Malaria in the Duars
Disease focus: Malaria
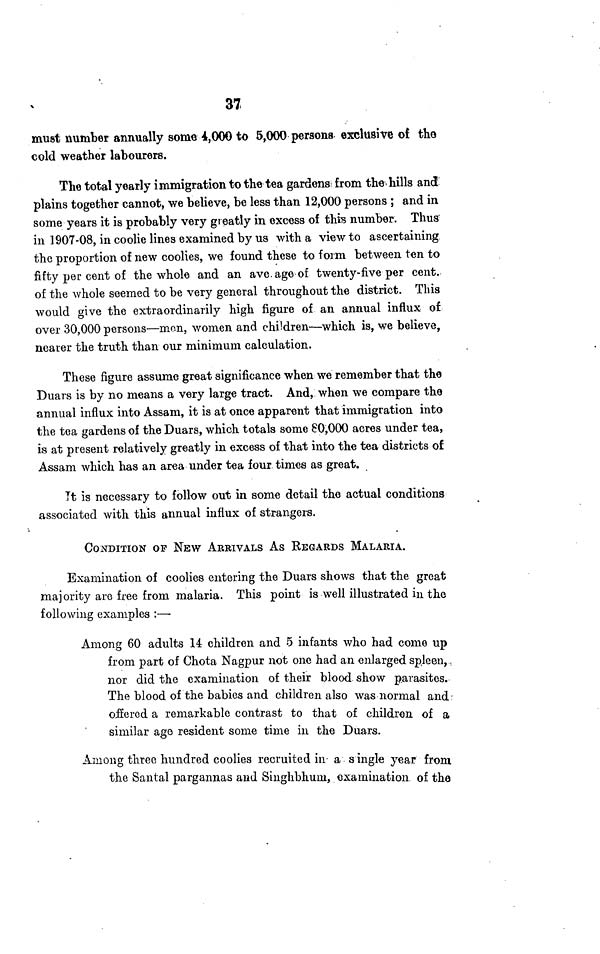
37
must number annually some 4,000 to 5,000 persons exclusive of the
cold weather labourers.
The total yearly immigration to the tea gardens from the hills and
plains together cannot, we believe, be less than 12,000 persons ; and in
some years it is probably very greatly in excess of this number. Thus
in 1907-08, in coolie lines examined by us with a view to ascertaining
the proportion of new coolies, we found these to form between ten to
fifty per cent of the whole and an ave age of twenty-five per cent.
of the whole seemed to be very general throughout the district. This
would give the extraordinarily high figure of an annual influx of
over 30,000 persons—men, women and children—which is, we believe,
nearer the truth than our minimum calculation.
These figure assume great significance when we remember that the
Duars is by no means a very large tract. And, when we compare the
annual influx into Assam, it is at once apparent that immigration into
the tea gardens of the Duars, which totals some 80,000 acres under tea,
is at present relatively greatly in excess of that into the tea districts of
Assam which has an area under tea four times as great.
It is necessary to follow out in some detail the actual conditions
associated with this annual influx of strangers.
CONDITION OF NEW ARRIVALS As REGARDS MALARIA.
Examination of coolies entering the Duars shows that the great
majority are free from malaria. This point is well illustrated in the
following examples :—
Among 60 adults 14 children and 5 infants who had come up
from part of Chota Nagpur not one had an enlarged spleen,,
nor did the examination of their blood show parasites.
The blood of the babies and children also was normal and:
offered a remarkable contrast to that of children of a
similar ago resident some time in the Duars.
Among three hundred coolies recruited in a single year from
the Santal pargannas and Singhbhum, examination of the